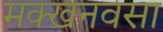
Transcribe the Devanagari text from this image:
मक्खनवसा